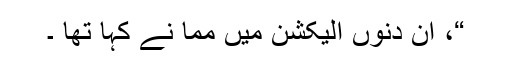
“، اُن دنوں الیکشن میں مما نے کہا تھا ۔